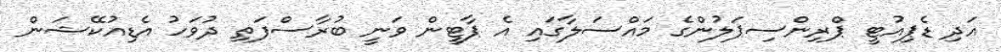
އަދި ޑެޕިއުޓީ ޕްރިންސިޕަލުންގެ މައްސަލާގައި އެ ޕާޓީން ވަނީ ބުރާސްފަތި ދުވަހު އެޑިއުކޭޝަން